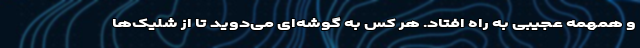
و همهمه عجیبی به راه افتاد. هر کس به گوشه‌ای می‌دوید تا از شلیک‌ها